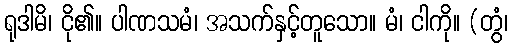
ရုဒါမိ၊ ငို၏။ ပါဏသမံ၊ အသက်နှင့်တူသော။ မံ၊ ငါကို။ (တွံ၊